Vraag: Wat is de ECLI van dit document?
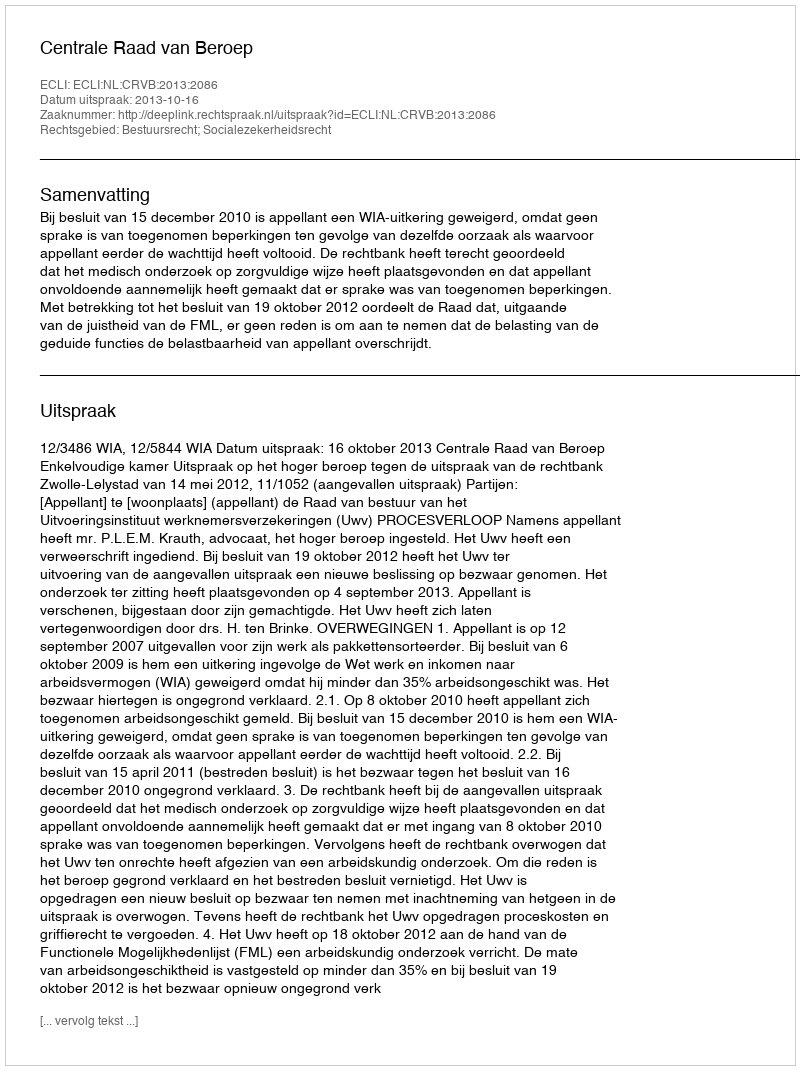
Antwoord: ECLI:NL:CRVB:2013:2086